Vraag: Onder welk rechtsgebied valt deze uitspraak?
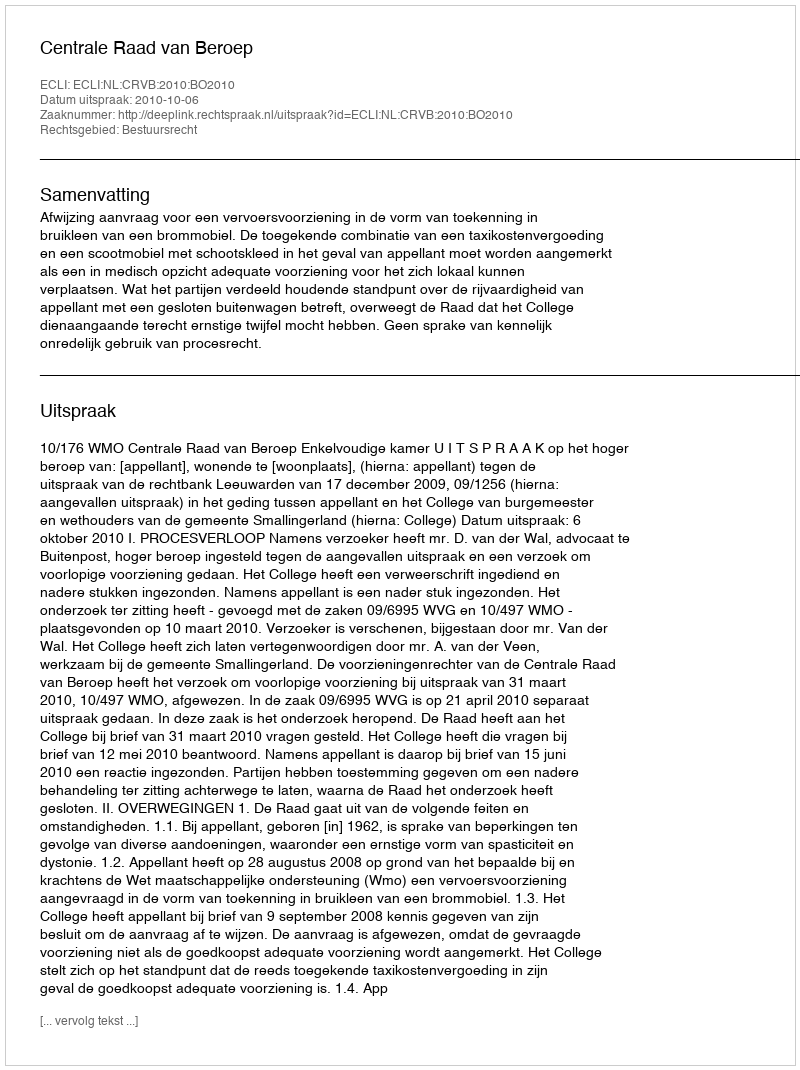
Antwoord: Bestuursrecht